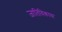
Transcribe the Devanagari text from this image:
जातिविकास